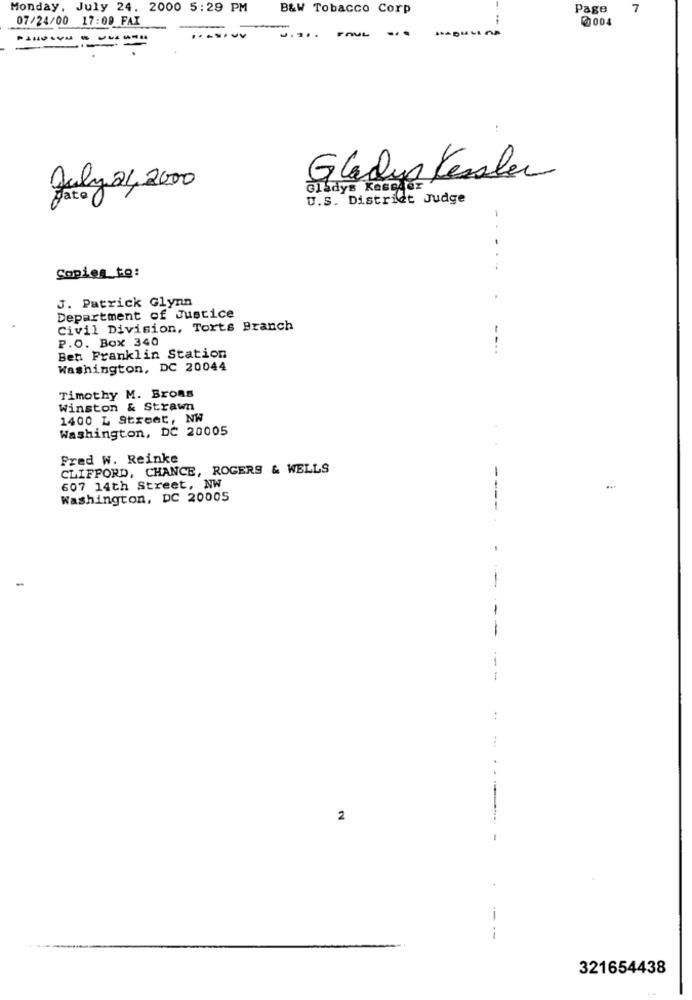
Monday, July 24. 2000 5:29 PM
B&W Tobacco Corp
Page
7
07/24/00 17:00 FAI
-
004
... DULINA
.......
Gladys Kessler
July 21,2000
Gladys KeGELOr
U.S. District Judge
-
...
Copies to:
J. Patrick Glynn
Department of Justice
Civil Division, Torts Branch
P.O. Box 340
Ben Franklin Station
Washington, DC 20044
Timothy M. Brons
Winston & Strawn
1400 L Street, NW
Washington, DC 20005
Fred W. Reinke
CLIFFORD, CHANCE, ROGERS & WELLS
607 14th Street, NW
---
Washington, DC 20005
2
---
321654438